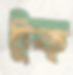
টুক্‌